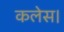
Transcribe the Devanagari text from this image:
कलेस।